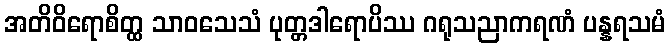
အတိဝိရောစိတ္ထ သာဝသေသံ ပုတ္တဒါရောပိဿ ဂရုသညာကရဏံ ပန္နရသမံ